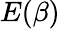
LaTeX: E(\beta)